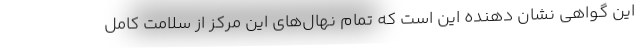
این گواهی نشان دهنده این است که تمام نهال‌های این مرکز از سلامت کامل